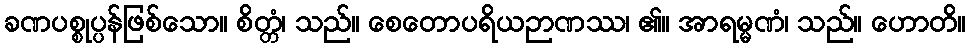
ခဏပစ္စုပ္ပန်ဖြစ်သော။ စိတ္တံ၊ သည်။ စေတောပရိယဉာဏဿ၊ ၏။ အာရမ္မဏံ၊ သည်။ ဟောတိ။